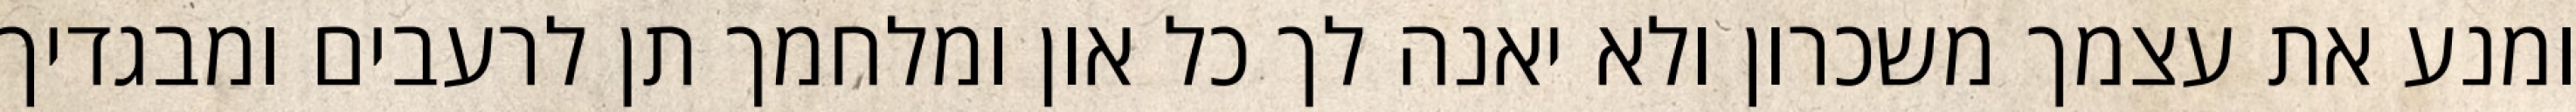
ומנע את עצמך משכרון ולא יאנה לך כל און ומלחמך תן לרעבים ומבגדיך